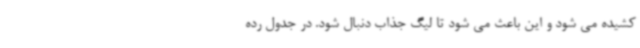
کشیده می شود و این باعث می شود تا لیگ جذاب دنبال شود. در جدول رده